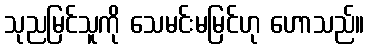
သုညမြင်သူကို သေမင်းမမြင်ဟု ဟောသည်။